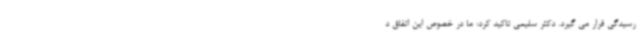
رسیدگی قرار می گیرد. دکتر سلیمی تاکید کرد: ما در خصوص این اتفاق د